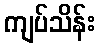
ကျပ်သိန်း